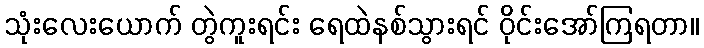
သုံးလေးယောက် တွဲကူးရင်း ရေထဲနစ်သွားရင် ဝိုင်းအော်ကြရတာ။